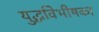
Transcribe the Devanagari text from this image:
युद्धविभीषका